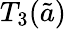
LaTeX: T_{3}(\tilde{a})